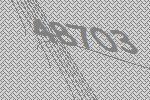
48703